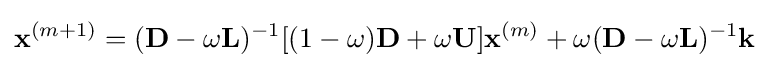
\mathbf {x} ^{(m+1)}=(\mathbf {D} -\omega \mathbf {L} )^{-1}[(1-\omega )\mathbf {D} +\omega \mathbf {U} ]\mathbf {x} ^{(m)}+\omega (\mathbf {D} -\omega \mathbf {L} )^{-1}\mathbf {k}